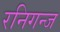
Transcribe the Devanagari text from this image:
रनिगन्ज